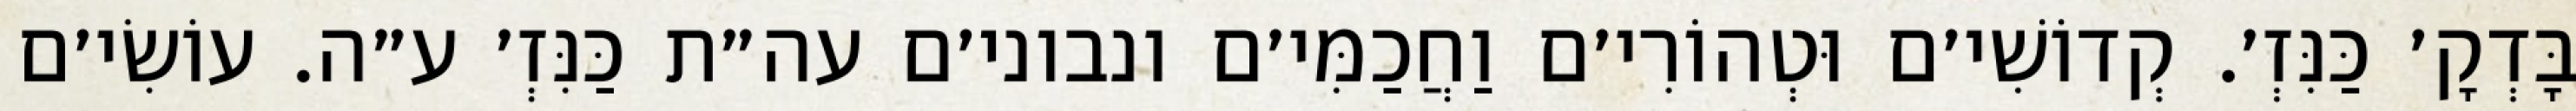
בָּדְקָ׳ כַּנִּזְ׳. קְדוֹשִׁי׳ם וּטְהוֹרִי׳ם וַחֲכַמִּי׳ם ונבוני׳ם עה״ת כַּנִּזְ׳ ע״ה. עוֹשִׂי׳ם